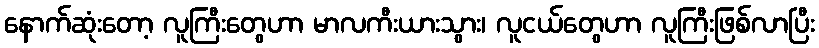
နောက်ဆုံးတော့ လူကြီးတွေဟာ မာလကီးယားသွား၊ လူငယ်တွေဟာ လူကြီးဖြစ်လာပြီး